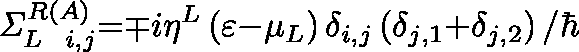
{ \mathit { \Sigma } } _ { L { \ } { \ } i , j } ^ { R \left( A \right) } { = } { \mp } i { \eta } ^ { L } \left( \varepsilon { - } { \mu } _ { L } \right) { \delta } _ { i , j } \left( { \delta } _ { j { , 1 } } { + } { \delta } _ { j { , 2 } } \right) { / } { \hbar }